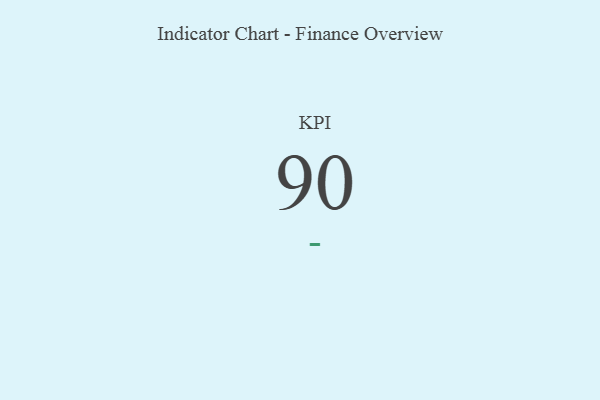
{"axis": {"x": "KPI", "y": "Value"}, "legend": [""], "data": [{"x": "KPI", "y": 90, "type": ""}]}